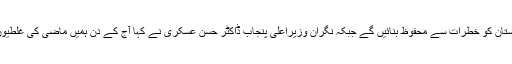
چیئرمین سینٹ صادق سنجرانی نے عہد کیا کہ پاکستان کو خطرات سے محفوظ بنائیں گے جبکہ نگران وزیراعلیٰ پنجاب ڈاکٹر حسن عسکری نے کہا آج کے دن ہمیں ماضی کی غلطیوں سے سبق سیکھ کر آگے بڑھنے کا عہد کرنا ہے۔